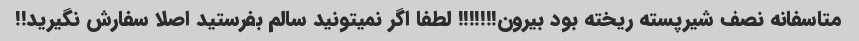
متاسفانه نصف شیرپسته ریخته بود بیرون!!!!!!! لطفا اگر نمیتونید سالم بفرستید اصلا سفارش نگیرید!!